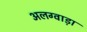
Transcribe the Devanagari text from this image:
अलग्वाड़ा